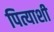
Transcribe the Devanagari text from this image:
पित्याशी